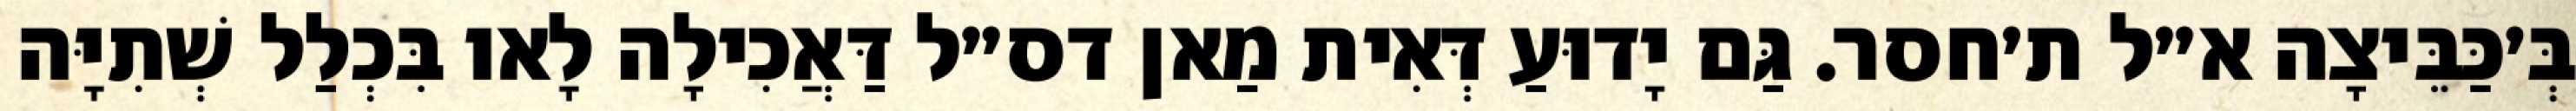
בְּ׳כַּבֵּיצָה א״ל ת׳חסר. גַּם יָדוּעַ דְּאִית מַאן דס״ל דַּאֲכִילָה לָאו בִּכְלַל שְׁתִיָּה